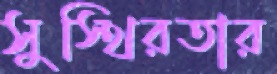
সুস্থিরতার